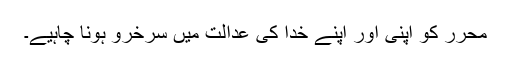
محرر کو اپنی اور اپنے خدا کی عدالت میں سرخرو ہونا چاہیے۔